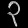
Digit: ၃